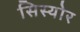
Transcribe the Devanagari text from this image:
सिस्योर